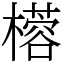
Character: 㯴